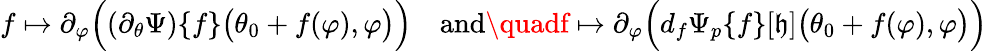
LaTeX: f\mapsto\partial_{\varphi}\Big((\partial_{\theta}\Psi)\{ f\} \big(\theta_{0}+f(\varphi),\varphi\big)\Big)\quad\textnormal{and}\quadf\mapsto\partial_{\varphi}\Big(d_{f}\Psi_{p}\{ f\} [\mathfrak{h}]\big(\theta_{0}+f(\varphi),\varphi\big)\Big)